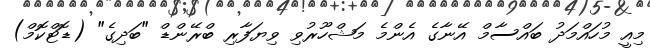
މިއީ މުހައްމަދު ބައްސާމް އޭނާގެ އެންމެ މަޝްހޫރުވި ވިޔަފާރި ބްރޭންޑް "ބަދިގެ" (ޑޮޓްކޮމް)